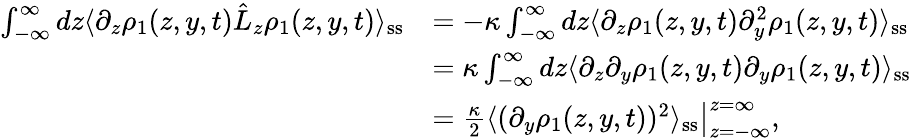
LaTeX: \begin{array}{rl}{\int_{-\infty}^{\infty}dz\langle\partial_{z}\rho_{1}(z,y,t)\hat{L}_{z}\rho_{1}(z,y,t)\rangle_{\mathrm{ss}}}&{=-\kappa\int_{-\infty}^{\infty}dz\langle\partial_{z}\rho_{1}(z,y,t)\partial_{y}^{2}\rho_{1}(z,y,t)\rangle_{\mathrm{ss}}}\\ &{=\kappa\int_{-\infty}^{\infty}dz\langle\partial_{z}\partial_{y}\rho_{1}(z,y,t)\partial_{y}\rho_{1}(z,y,t)\rangle_{\mathrm{ss}}}\\ &{=\left.\frac{\kappa}{2}\langle(\partial_{y}\rho_{1}(z,y,t))^{2}\rangle_{\mathrm{ss}}\right|_{z=-\infty}^{z=\infty},}\end{array}